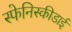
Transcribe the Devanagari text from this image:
स्फेनिस्कीडाई